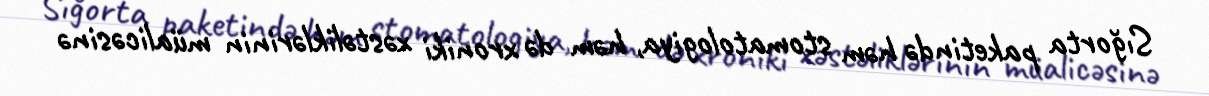
Sığorta paketində həm stomatologiya, həm də xroniki xəstəliklərinin müalicəsinə